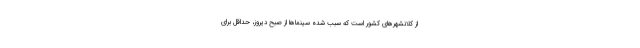
از کلانشهرهای کشور است که سبب شده سینماها از صبح دیروز، حداقل برای